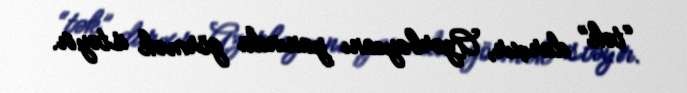
“tək” darıxır, Azərbaycanı yanında görmək istəyir.